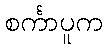
စင်္ကာပူက